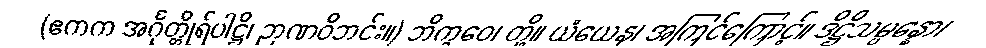
(ဧကက အင်္ဂုတ္တိုရ်ပါဋ္ဌိ၊ ဉာဏဝိဘင်း။) ဘိက္ခဝေ၊ တို့။ ယံယေန၊ အကြင်ကြောင့်။ ဒိဋ္ဌိသမ္ပန္နော၊